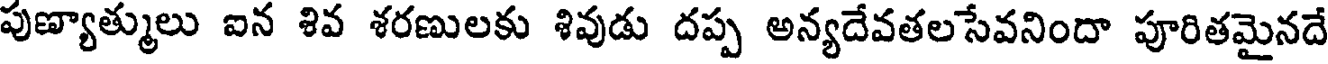
పుణ్యాత్ములు ఐన శివ శరణులకు శివుడు దప్ప అన్యదేవతలసేవనిందా పూరితమైనదే